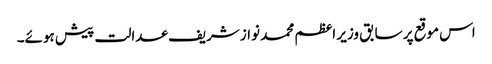
اس موقع پر سابق وزیر اعظم محمد نوازشریف عدالت پیش ہوئے۔